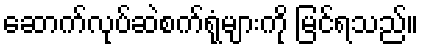
ဆောက်လုပ်ဆဲစက်ရုံများကို မြင်ရသည်။